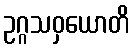
ဥဂ္ဂသဝှယောတိ